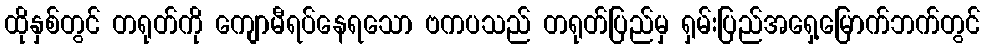
ထိုနှစ်တွင် တရုတ်ကို ကျောမီရပ်နေရသော ဗကပသည် တရုတ်ပြည်မှ ရှမ်းပြည်အရှေ့မြောက်ဘက်တွင်